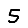
Digit: 5